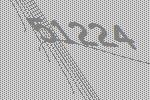
51224